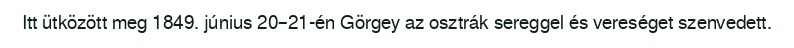
Itt ütközött meg 1849. június 20–21-én Görgey az osztrák sereggel és vereséget szenvedett.